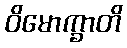
ဝိမောက္ခာတိ